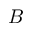
B